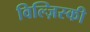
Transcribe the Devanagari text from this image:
विल्ज़िस्की